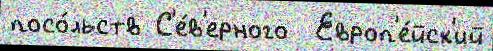
посо́льств С'е́в'ерного  Европ'е́йск'ий